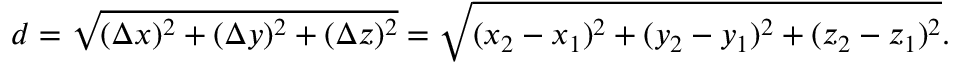
d = { \sqrt { ( \Delta x ) ^ { 2 } + ( \Delta y ) ^ { 2 } + ( \Delta z ) ^ { 2 } } } = { \sqrt { ( x _ { 2 } - x _ { 1 } ) ^ { 2 } + ( y _ { 2 } - y _ { 1 } ) ^ { 2 } + ( z _ { 2 } - z _ { 1 } ) ^ { 2 } } } .